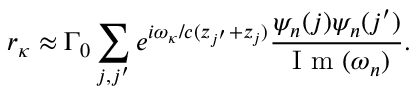
r _ { \kappa } \approx { \Gamma _ { 0 } } \sum _ { j , j ^ { \prime } } ^ { } { { e ^ { i \omega _ { \kappa } / c ( { z _ { j ^ { \prime } } } + { z _ { j } } ) } } \frac { \psi _ { n } ( j ) \psi _ { n } ( j ^ { \prime } ) } { \textrm { I m } ( \omega _ { n } ) } } .